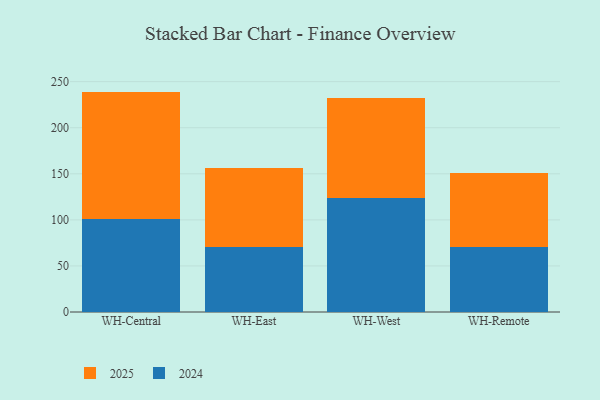
{"axis": {"x": "Warehouse", "y": "Temperature (°C)"}, "legend": ["2024", "2025"], "data": [{"x": "WH-Central", "y": 101.1, "type": "2024"}, {"x": "WH-Central", "y": 138.1, "type": "2025"}, {"x": "WH-East", "y": 70.5, "type": "2024"}, {"x": "WH-East", "y": 86.0, "type": "2025"}, {"x": "WH-West", "y": 123.3, "type": "2024"}, {"x": "WH-West", "y": 109.5, "type": "2025"}, {"x": "WH-Remote", "y": 70.9, "type": "2024"}, {"x": "WH-Remote", "y": 80.1, "type": "2025"}]}